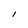
Character: l